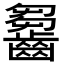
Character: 𪙗